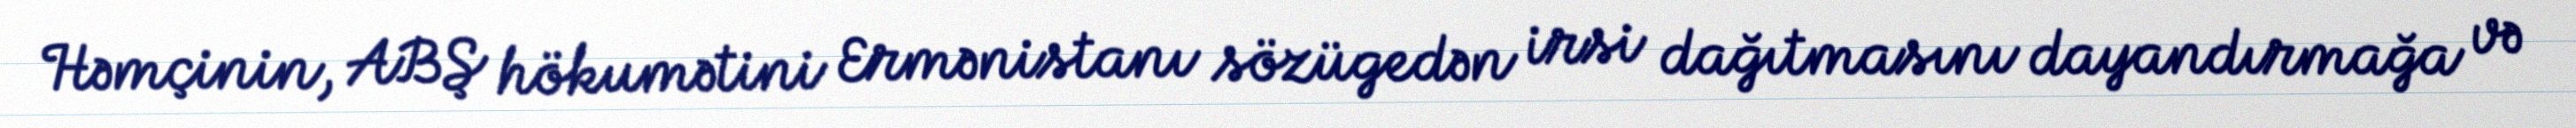
Həmçinin, ABŞ hökumətini Ermənistanı sözügedən irsi dağıtmasını dayandırmağa və